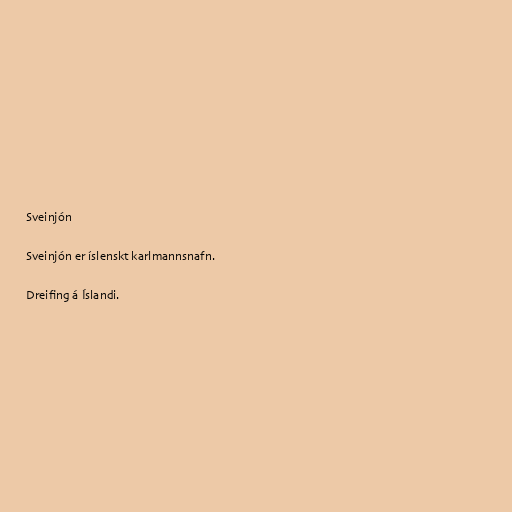
Sveinjón

Sveinjón er íslenskt karlmannsnafn.

Dreifing á Íslandi.